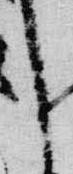
言